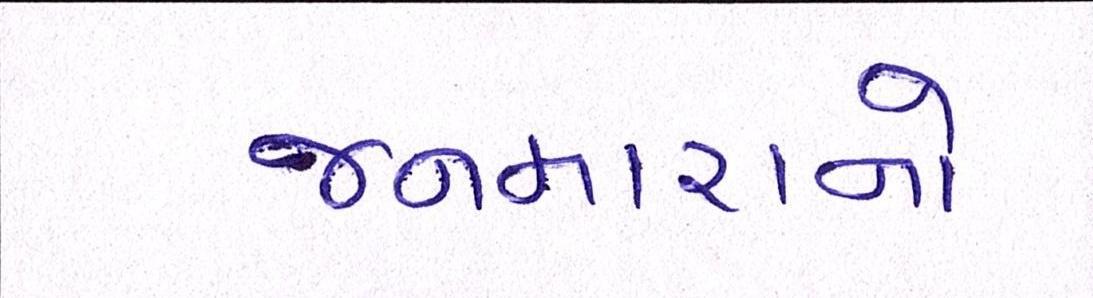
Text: જનમારાનો